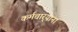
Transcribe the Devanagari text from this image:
कर्मचार्‍याना